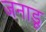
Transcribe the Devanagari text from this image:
जनाडू